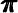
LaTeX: \pmb{\pi}